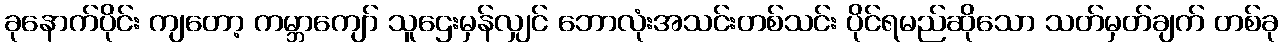
ခုနောက်ပိုင်း ကျတော့ ကမ္ဘာကျော် သူဌေးမှန်လျှင် ဘောလုံးအသင်းတစ်သင်း ပိုင်ရမည်ဆိုသော သတ်မှတ်ချက် တစ်ခု